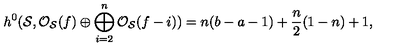
h ^ { 0 } ( { \cal S } , { \cal O } _ { \cal S } ( f ) \oplus \bigoplus _ { i = 2 } ^ { n } { \cal O } _ { \cal S } ( f - i ) ) = n ( b - a - 1 ) + \frac { n } { 2 } ( 1 - n ) + 1 ,